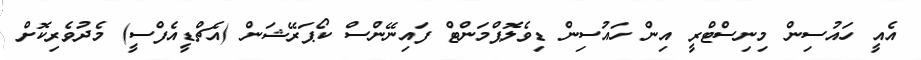
އެއީ ހައުސިން މިނިސްޓްރީ އިން ހައުސިން ޑިވެލޮޕްމަންޓް ފައިނޭންސް ކޯޕަރޭޝަން (އެޗްޑީއެފްސީ) މެދުވެރިކޮށް